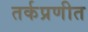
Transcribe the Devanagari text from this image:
तर्कप्रणीत